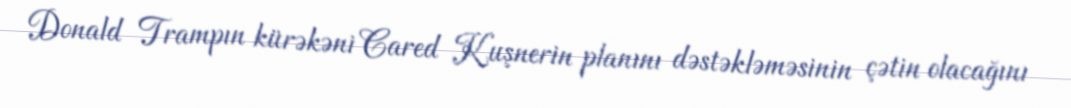
Donald Trampın kürəkəni Cared Kuşnerin planını dəstəkləməsinin çətin olacağını